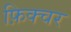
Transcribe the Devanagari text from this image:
फ़िक्चर